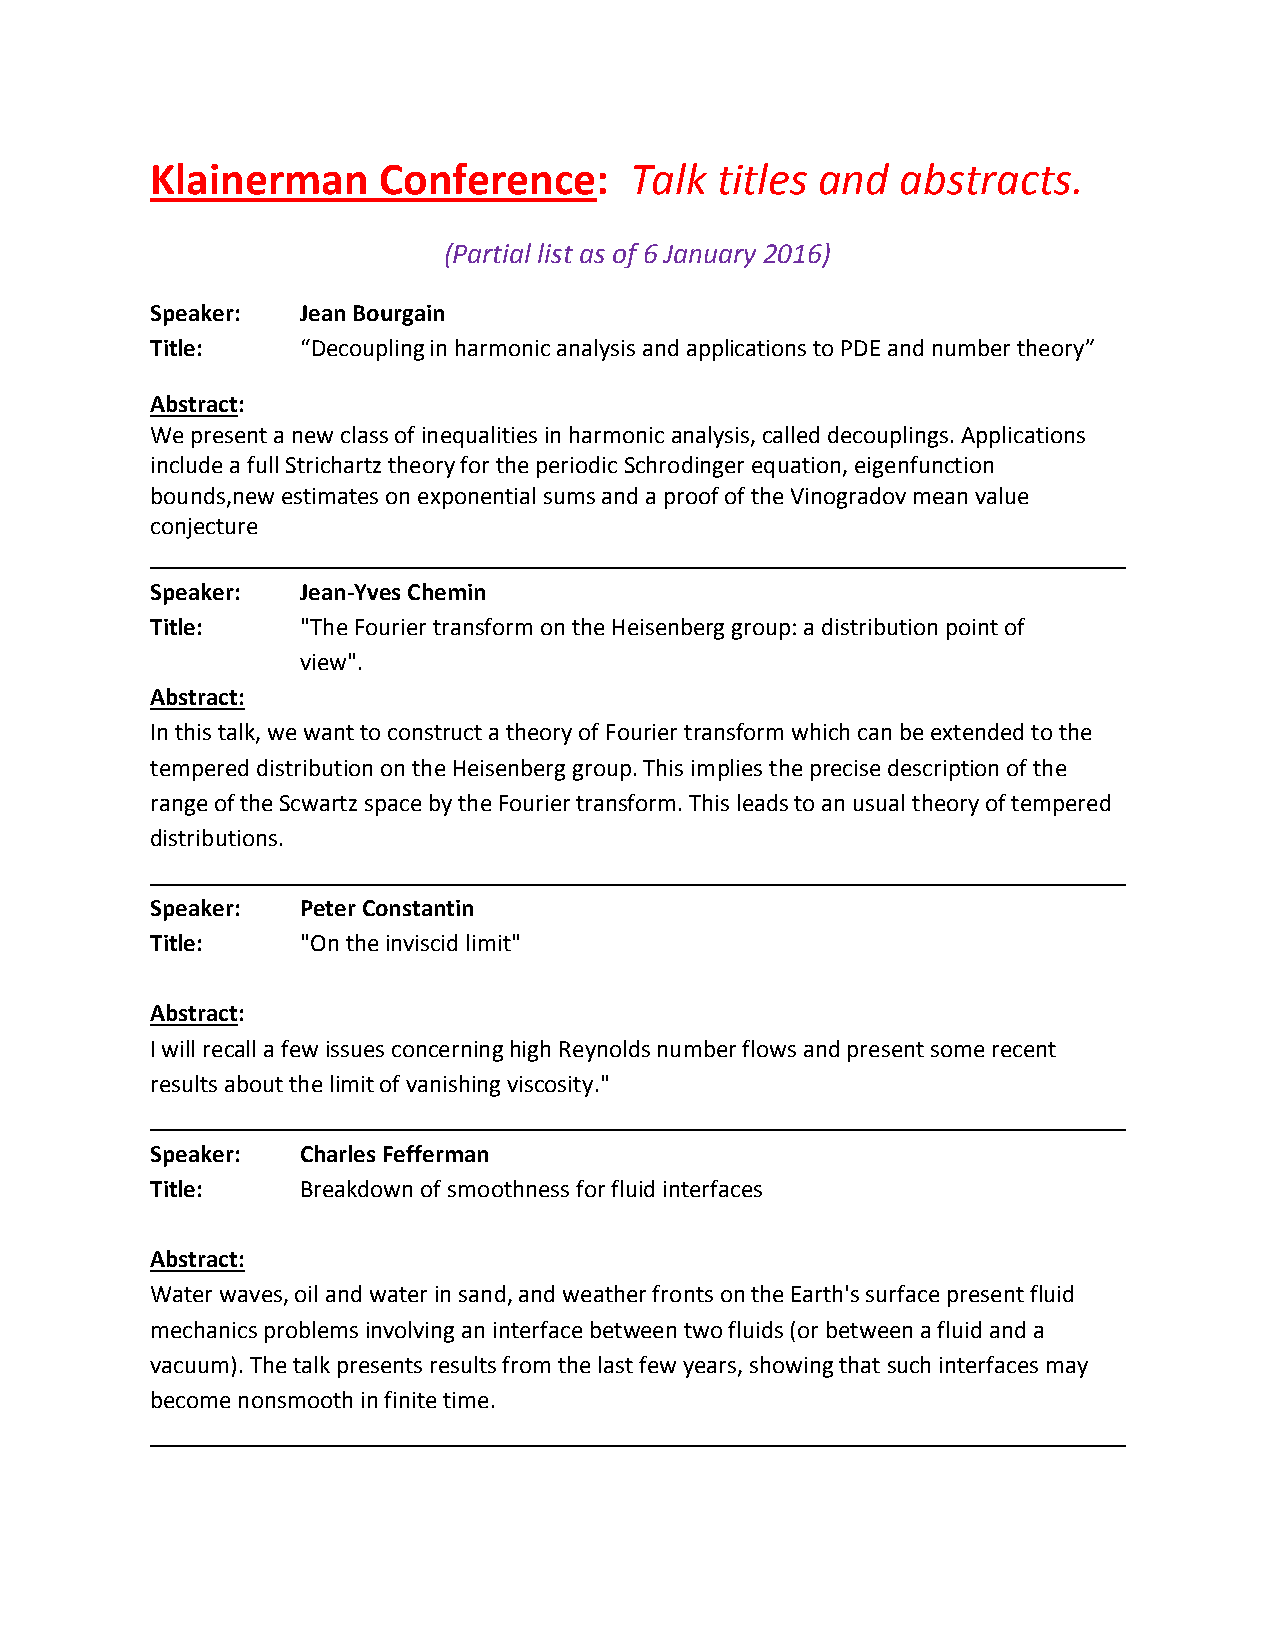
Klainerman     Conference:      Talk titles and   abstracts.
 (Partial list as of 6 January 2016)
 Speaker:  Jean Bourgain
 Title:    “Decoupling in harmonic analysis and applications to PDE and number theory”
 Abstract:
 We present a new class of inequalities in harmonic analysis, called decouplings. Applications
 include a full Strichartz theory for the periodic Schrodinger equation, eigenfunction
 bounds,new estimates on exponential sums and a proof of the Vinogradov mean value
 conjecture
 Speaker:  Jean-Yves Chemin
 Title:    "The Fourier transform on the Heisenberg group: a distribution point of
 view".
 Abstract:
 In this talk, we want to construct a theory of Fourier transform which can be extended to the
 tempered distribution on the Heisenberg group. This implies the precise description of the
 range of the Scwartz space by the Fourier transform. This leads to an usual theory of tempered
 distributions.
 Speaker:  Peter Constantin
 Title:    "On the inviscid limit"
 Abstract:
 I will recall a few issues concerning high Reynolds number flows and present some recent
 results about the limit of vanishing viscosity."
 Speaker:  Charles Fefferman
 Title:    Breakdown of smoothness for fluid interfaces
 Abstract:
 Water waves, oil and water in sand, and weather fronts on the Earth's surface present fluid
 mechanics problems involving an interface between two fluids (or between a fluid and a
 vacuum). The talk presents results from the last few years, showing that such interfaces may
 become nonsmooth in finite time.